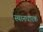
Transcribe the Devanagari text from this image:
स्थानधारक